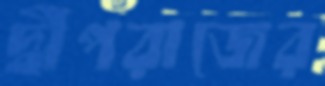
দ্বীপরাজের